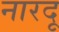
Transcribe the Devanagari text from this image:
नारदू